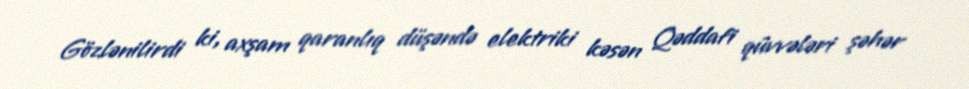
Gözlənilirdi ki, axşam qaranlıq düşəndə elektriki kəsən Qəddafi qüvvələri şəhər